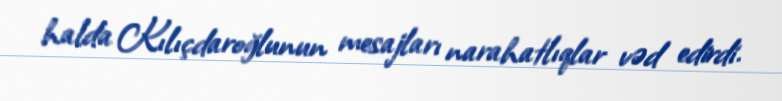
halda Kılıçdaroğlunun mesajları narahatlıqlar vəd edirdi.